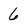
Character: 6